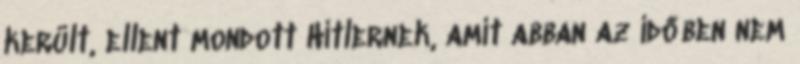
került, ellent mondott Hitlernek, amit abban az időben nem